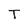
Character: T